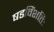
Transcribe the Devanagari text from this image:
षडविंशतिः